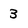
Character: 3